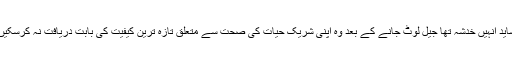
شاید انہیں خدشہ تھا جیل لوٹ جانے کے بعد وہ اپنی شریک حیات کی صحت سے متعلق تازہ ترین کیفیت کی بابت دریافت نہ کرسکیں۔